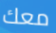
معك